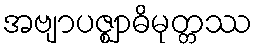
အဗျာပဇ္ဈာဓိမုတ္တဿ